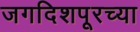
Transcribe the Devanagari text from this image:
जगदिशपूरच्या